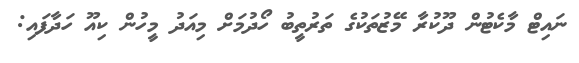
ނައިޓް މާކެޓުން ދޫކުރާ މޭޒުތަކުގެ ތަރުތީބު ހޯދުމަށް މިއަދު މީހުން ކިއޫ ހަދާފައި: